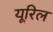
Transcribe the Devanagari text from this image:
यूरिल